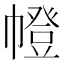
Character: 㡠